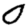
Digit: 0